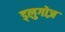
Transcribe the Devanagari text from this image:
ड्लुगोज़